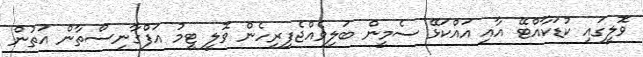
ވޮލީގައި ކުޑަކާއްޓޭ އާއި އައްކަޅޭ ސެމީން ބަލިވެއްޖެފިރިހެން ވޮލީ ޓީމު އަފްގާނިސްތާން އަތުން